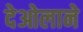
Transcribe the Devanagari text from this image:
देओलाने